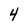
Character: 4